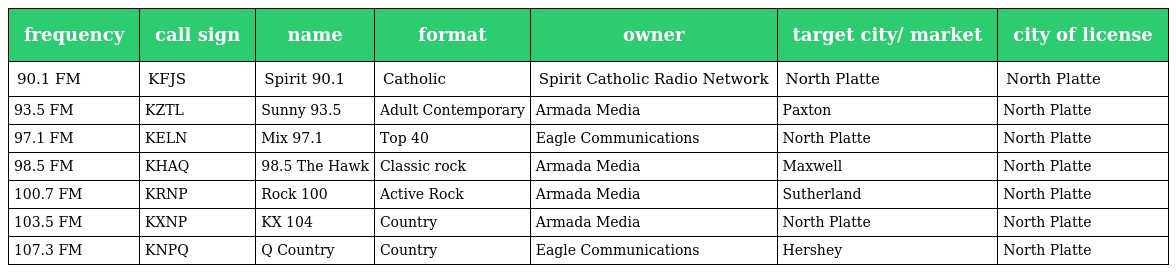
| frequency | call sign | name | format | owner | target city/ market | city of license |
 | --- | --- | --- | --- | --- | --- | --- |
 | 90.1 FM | KFJS | Spirit 90.1 | Catholic | Spirit Catholic Radio Network | North Platte | North Platte |
 | 93.5 FM | KZTL | Sunny 93.5 | Adult Contemporary | Armada Media | Paxton | North Platte |
 | 97.1 FM | KELN | Mix 97.1 | Top 40 | Eagle Communications | North Platte | North Platte |
 | 98.5 FM | KHAQ | 98.5 The Hawk | Classic rock | Armada Media | Maxwell | North Platte |
 | 100.7 FM | KRNP | Rock 100 | Active Rock | Armada Media | Sutherland | North Platte |
 | 103.5 FM | KXNP | KX 104 | Country | Armada Media | North Platte | North Platte |
 | 107.3 FM | KNPQ | Q Country | Country | Eagle Communications | Hershey | North Platte |